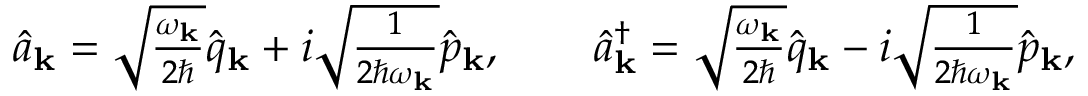
\begin{array} { r } { \hat { a } _ { \bf k } = \sqrt { \frac { \omega _ { \mathbf { k } } } { 2 \hbar } } \hat { q } _ { \bf k } + i \sqrt { \frac { 1 } { 2 \hbar \omega _ { \mathbf { k } } } } \hat { p } _ { \bf k } , ~ ~ ~ ~ ~ ~ \hat { a } _ { \bf k } ^ { \dagger } = \sqrt { \frac { \omega _ { \mathbf { k } } } { 2 \hbar } } \hat { q } _ { \bf k } - i \sqrt { \frac { 1 } { 2 \hbar \omega _ { \mathbf { k } } } } \hat { p } _ { \bf k } , } \end{array}